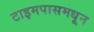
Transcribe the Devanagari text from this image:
टाइमपासमधून